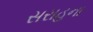
સરાહના